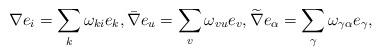
LaTeX: \begin{align*}\nabla e_i = \sum_k\omega_{ki} e_k, \bar{\nabla} e_{u} = \sum_{v}\omega_{vu} e_{v}, \widetilde{\nabla} e_{\alpha} = \sum_{\gamma} \omega_{\gamma\alpha} e_{\gamma},\end{align*}